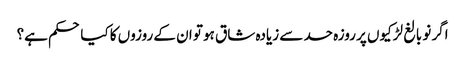
اگر نو بالغ لڑکیوں پر روزہ حد سے زیادہ شاق ہو تو ان کے روزوں کا کیا حکم ہے؟